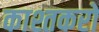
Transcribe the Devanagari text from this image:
काश्तकरों